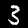
Digit: 3